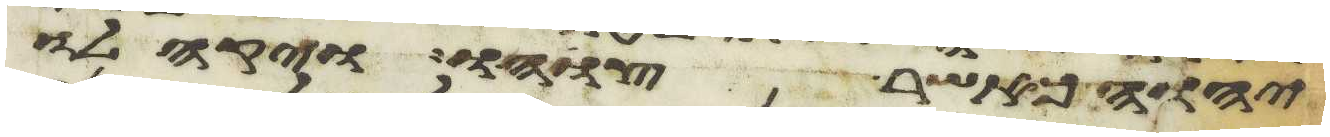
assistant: יהוה כאשר צוהו ויקהלו